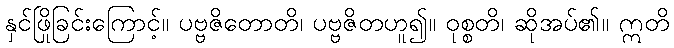
နှင်ဖြိုခြင်းကြောင့်။ ပဗ္ဗဇိတောတိ၊ ပဗ္ဗဇိတဟူ၍။ ဝုစ္စတိ၊ ဆိုအပ်၏။ ဣတိ